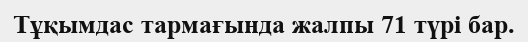
Тұқымдас тармағында жалпы 71 түрі бар.